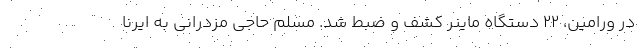
در ورامین، ۲۲ دستگاه ماینر کشف و ضبط شد. مسلم حاجی مزدرانی به ایرنا